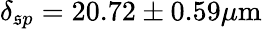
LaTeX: \delta_{\mathfrak{s}p}=20.72\pm0.59\mu\mathrm{{m}}